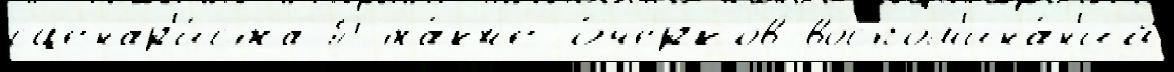
сценар'и́ста П та́кже о́черков-воспом'ина́н'ий